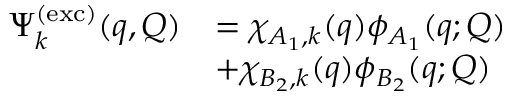
\begin{array} { r l } { \Psi _ { k } ^ { \mathrm { ( e x c ) } } ( \boldsymbol { q } , \boldsymbol { Q } ) } & { = \chi _ { A _ { 1 } , k } ( \boldsymbol { q } ) \phi _ { A _ { 1 } } ( \boldsymbol { q } ; \boldsymbol { Q } ) } \\ & { + \chi _ { B _ { 2 } , k } ( \boldsymbol { q } ) \phi _ { B _ { 2 } } ( \boldsymbol { q } ; \boldsymbol { Q } ) } \end{array}